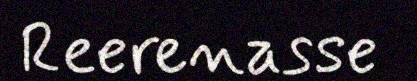
Reerenasse